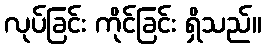
လုပ်ခြင်း ကိုင်ခြင်း ရှိသည်။